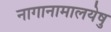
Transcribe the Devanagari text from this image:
नागानामालयेषु